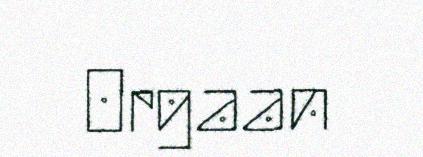
Orgaan